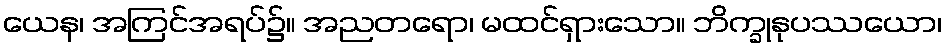
ယေန၊ အကြင်အရပ်၌။ အညတရော၊ မထင်ရှားသော။ ဘိက္ခုနုပဿယော၊